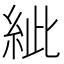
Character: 紪